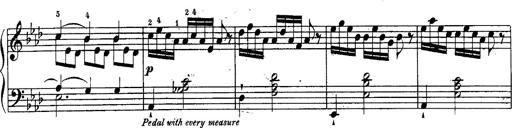
Title: Schubert's Impromptus [revised and edited by Franz Liszt]
Composer: Franz Liszt